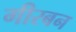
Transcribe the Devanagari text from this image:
गीरबन